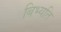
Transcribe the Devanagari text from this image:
बिभ्यति